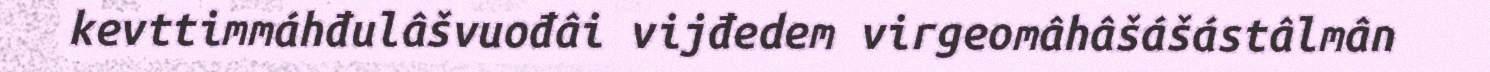
kevttimmáhđulâšvuođâi vijđedem virgeomâhâšášástâlmân